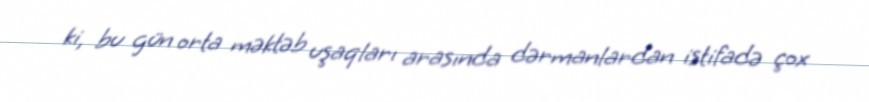
ki, bu gün orta məktəb uşaqları arasında dərmanlardan istifadə çox